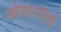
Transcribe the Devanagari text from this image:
जोलारपेत्तई